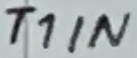
Text: T1IN